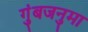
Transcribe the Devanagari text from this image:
गुंबजनुमा